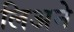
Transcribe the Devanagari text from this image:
लिअने